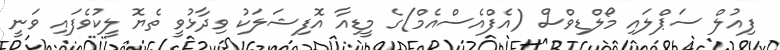
ފިއުލް ސަޕްލައި މޯލްޑިވްސް (އެފްއެސްއެމް)ގެ މީޑިއާ އޮފިޝަލަކު ވިދާޅުވީ ތެޔޮ ލީކުވެފައި ވަނީ